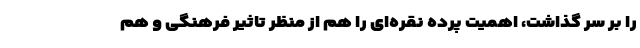
را بر سر گذاشت، اهمیت پرده نقره‌ای را هم از منظر تاثیر فرهنگی و هم